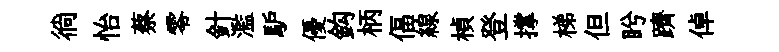
徜怡蔡零針濫馿優鈎柄偪線楨登撑梯但盻躋倬